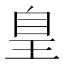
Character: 𦤃